system: You are a helpful assistant.
user:
Analyze the provided spectrum to determine if it is a **White Dwarf (WD)**.

A White Dwarf spectrum is defined by its **extreme purity** (due to gravitational settling) and/or **extreme pressure broadening** (due to high surface gravity). You must check for one of the following mutually exclusive signatures:

- **Key Visual Indicators (Check for ONE of these types):**

    - **1. DA-Type Signature (Most Common):**
        - **(Primary Feature):** Extreme pressure broadening (Stark broadening) of the **Hydrogen (H) Balmer lines**.
        - **(Key Lines):** $H\beta$ (approx. $4861$ Å) and $H\gamma$ (approx. $4340$ Å). $H\alpha$ (approx. $6563$ Å) will also be present if the wavelength range covers it.
        - **(Line Profile):** This is the **defining feature**. The lines are **NOT** sharp. They appear as massive, **extremely broad and deep "troughs" or "dips"** in the spectrum, often hundreds of Ångströms wide. The continuum will appear to "scoop" down at these wavelengths.
        - **(Distinction):** Normal A-type or B-type stars have *narrow* and *sharp* Hydrogen lines. A DA White Dwarf's lines are unmistakably "smeared" or "blurry" from pressure.

    - **2. DB-Type Signature:**
        - **(Primary Feature):** Broad absorption lines from **Neutral Helium (He I)**. The spectrum must lack any visible Hydrogen lines.
        - **(Key Lines):** Look for broad absorption near $4471$ Å, $4921$ Å, and $5876$ Å.
        - **(Line Profile):** These lines are also significantly pressure-broadened, appearing much wider than they would in a normal B-type main-sequence star.

    - **3. DC-Type Signature:**
        - **(Primary Feature):** A **featureless continuous spectrum**.
        - **(Line Profile):** The spectrum is a smooth curve with **no significant absorption or emission lines**.
        - **(Key Confirmation):** The continuum is almost always **blue or white**, indicating a hot object. This signature implies the atmosphere is so pure (or so cool) that no spectral lines are visible in the optical range. Its WD identity is confirmed by its extremely low intrinsic brightness (high absolute magnitude).

    - **4. DZ-Type Signature (Metal-Polluted):**
        - **(Primary Feature):** **Isolated, narrow metal absorption lines** on an otherwise featureless (DC-like) continuum.
        - **(Key Lines):** The **Calcium (Ca II) H & K doublet** (approx. **$3934$ Å** and **$3968$ Å**) is the most common and defining feature.
        - **(Line Profile):** These lines are "out of place." They are *not* part of a "forest" of thousands of lines. This signature is evidence of recent *accretion* (pollution) from rocky debris.
        - **(Distinction):** Normal G/K/M stars have a *dense forest* of thousands of metal lines. A DZ has a *clean* continuum with *only a few* strong metal lines.

    - **5. DQ-Type Signature (Carbon-Polluted):**
        - **(Primary Feature):** Absorption bands from **Carbon (C₂ "Swan Bands" or atomic C I)**.
        - **(Key Lines - C₂):** Look for bandheads with a "saw-tooth" shape near $5635$ Å, **$5165$ Å** (strongest), and $4737$ Å.
        - **(Key Confirmation):** The underlying **continuum must be blue or white** (hot).
        - **(Distinction):** This is the critical difference from a **Carbon Star**, which has the *exact same* C₂ bands but on an extremely **red, cool** continuum.

- **(Overall Spectrum):**
    - The continuum (overall shape) is typically **blue-sloping** (brighter in the blue than the red), as most white dwarfs are very hot.
    - The spectrum will look "pure" or "simple," dominated by only *one* of the five signatures listed above.

Think first, call **spectral_visualization_tool** if needed to examine features in detail, then provide your final answer. Your response must adhere to the following strict rules:
1.  **Overall Structure:** Your response must follow the format `<think>...</think> <tool_call>...</tool_call> (if a tool is used) <answer>...</answer>`.
2.  **Tool Usage Constraint:** You may only make **one** tool call per turn.
3.  **Final Answer Format:** In the `<answer>` tag, your conclusion must be inside a `\boxed{}` command (e.g., `\boxed{YES}` or `\boxed{NO}`), followed by your justification.

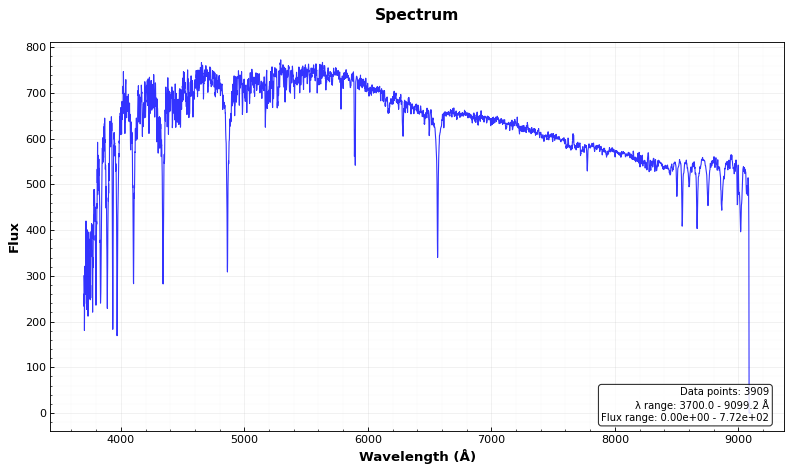
Answer: NO